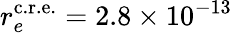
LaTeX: r_{e}^{\mathrm{c.r.e.}}=2.8\times 10^{-13}